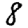
Digit: 8